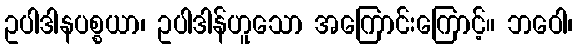
ဥပါဒါနပစ္စယာ၊ ဥပါဒါန်ဟူသော အကြောင်းကြောင့်။ ဘဝေါ၊